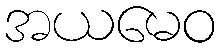
အယမေဝ